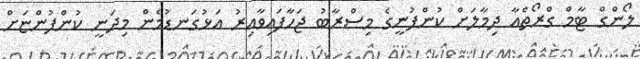
ލޯންގް ޓާމް ގްރޯތްއާ ދިމާލަށް ކުންފުނީގެ މިސްރާބު ޖަހާފައިވާއިރު އަޅުގަނޑުމެން މިދަނީ ކުންފުންޏަށް